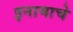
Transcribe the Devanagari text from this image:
इनामाचे